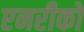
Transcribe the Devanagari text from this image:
एनरीको